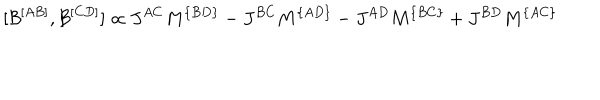
LaTeX: [ { \cal B } ^ { [ A B ] } , { \cal B } ^ { [ C D ] } ] \propto J ^ { A C } M ^ { \{ B D \} } - J ^ { B C } M ^ { \{ A D \} } - J ^ { A D } M ^ { \{ B C \} } + J ^ { B D } M ^ { \{ A C \} }